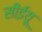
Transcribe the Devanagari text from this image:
सीईयू